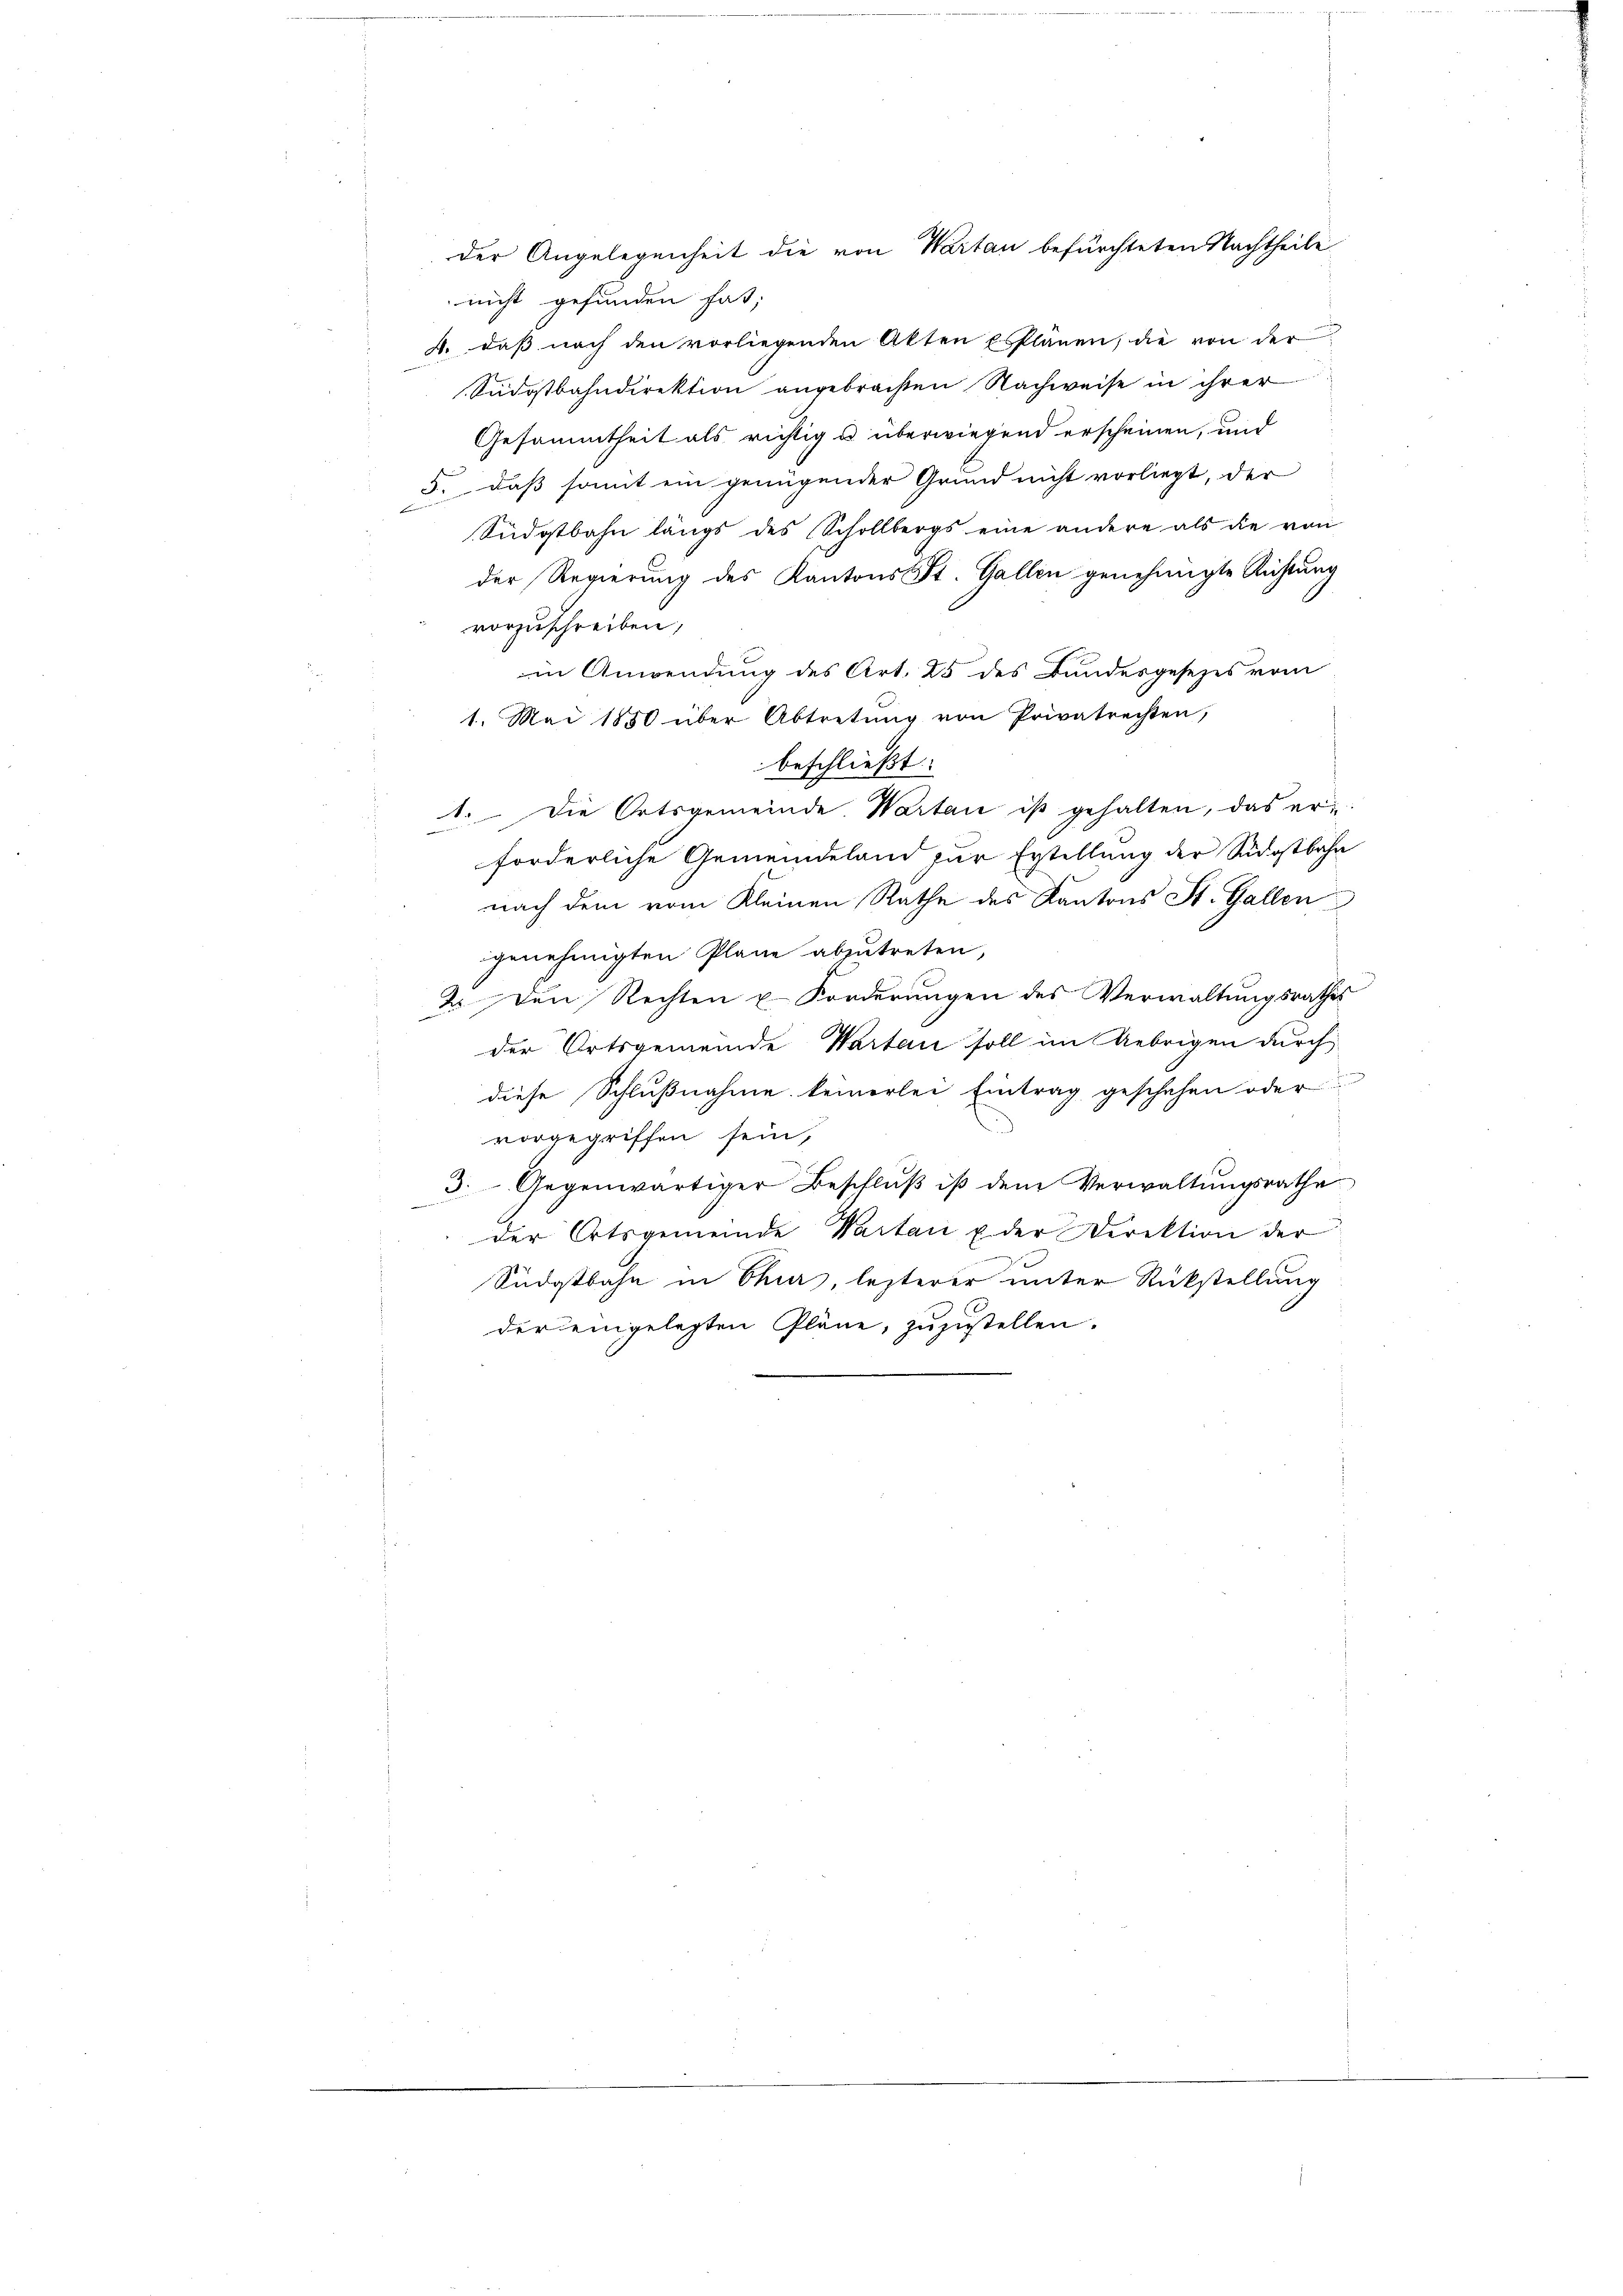
der Angelegenheit die von Wartan befürchteten Nachtheile

nicht gefunden hat;
4. daβ nach den vorliegenden Akten Esplänen, die von der
Südostbahndirektion angebrachten Nachweise in ihrer
Gesammtheit als richtig u. überwiegend erscheinen, und
5. daß somit ein genügender Grund nicht vorliegt, der
Südostbahn längs des Schollbergs eine andere als die von
der Regierung des Kantons St. Gallen genehmigte Richtung
vorzuschreiben,
in Anwendung des Art. 25 des Bundesgesezes vom
1. Mai 1850 über Abtretŭng von Privatrechten,
beschließt:
1. Die Ortsgemeinde Warten ist gehalten, das er
forderliche Gemeindeland zur Erstellung der Südostbahn
nach dem vom Kleinen Rathe des Kantons St. Gallen
genehmigten Plane abzutreten,
2. Den Rechten u. Forderungen des Verwaltungsrathes
der Ortsgemeinde Wartan soll im Uebrigen durch
diese Schlußnahme keinerlei Eintrag geschehen oder
vorgegriffen sein,
3. Gegenwärtiger Beschluß ist dem Verwaltungsrathe
der Ortsgemeinde Vartan Eder Direktion der
Südostbahn in Chur, lezterer unter Rückstellung
der eingelegten Pläne, zuzustellen.